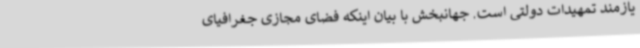
یازمند تمهیدات دولتی است. جهانبخش با بیان اینکه فضای مجازی جغرافیای